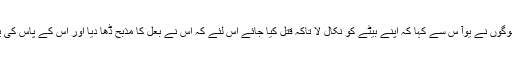
30تب اُس شہر کے لوگوں نے یُوآ س سے کہا کہ اپنے بیٹے کو نِکال لا تاکہ قتل کِیا جائے اِس لِئے کہ اُس نے بعل کا مذبح ڈھا دِیا اور اُس کے پاس کی یسِیرت کاٹ ڈالی ہے۔